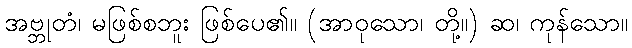
အဗ္ဘုတံ၊ မဖြစ်စဘူး ဖြစ်ပေ၏။ (အာဝုသော၊ တို့။) ဆ၊ ကုန်သော။